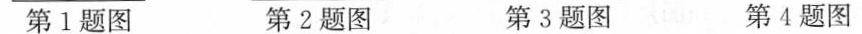
第1题图 第2题图 第3 题图 第4题图